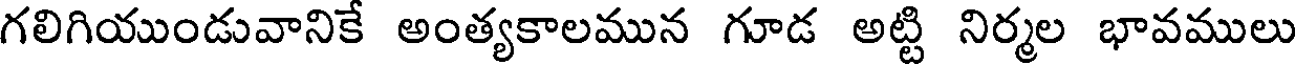
గలిగియుండువానికే అంత్యకాలమున గూడ అట్టి నిర్మల భావములు